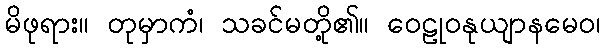
မိဖုရား။ တုမှာကံ၊ သခင်မတို့၏။ ဝေဠုဝနုယျာနမေဝ၊